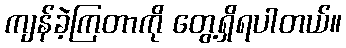
ကျန်ခဲ့ကြတာကို တွေ့ရှိရပါတယ်။